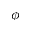
\phi